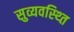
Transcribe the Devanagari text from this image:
सुव्यवस्थ्ति